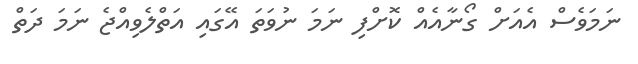
ނަމަވެސް އެއަށް ގޯނާއެއް ކޮށްފި ނަމަ ނުވަތަ އޭގައި އަތްލެވިއްޖެ ނަމަ ދަތް